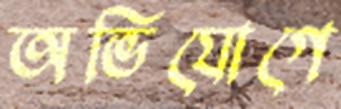
অভিযোগে